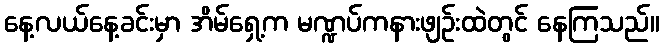
နေ့လယ်နေ့ခင်းမှာ အိမ်ရှေ့က မဏ္ဍပ်ကနားဖျဉ်းထဲတွင် နေကြသည်။